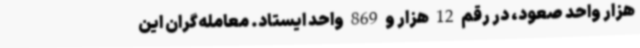
هزار واحد صعود، در رقم 12 هزار و 869 واحد ایستاد. معامله‌گران این